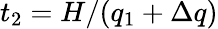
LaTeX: t_{2}=H/(q_{1}+\Delta q)